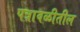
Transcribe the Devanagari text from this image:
पत्रावळीतील